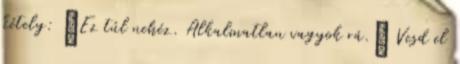
kétely: „Ez túl nehéz. Alkalmatlan vagyok rá.” Vesd el